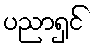
ပညာရှင်